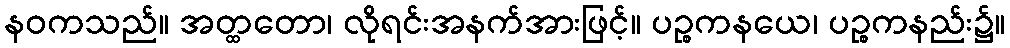
နဝကသည်။ အတ္ထတော၊ လိုရင်းအနက်အားဖြင့်။ ပဉ္စကနယေ၊ ပဉ္စကနည်း၌။